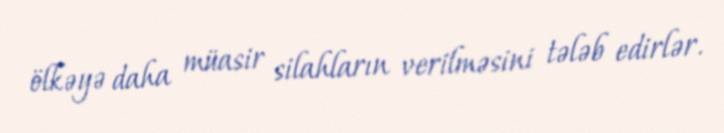
ölkəyə daha müasir silahların verilməsini tələb edirlər.